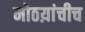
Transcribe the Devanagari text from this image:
मोठय़ांचीच